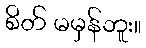
စိတ် မမှန်ဘူး။